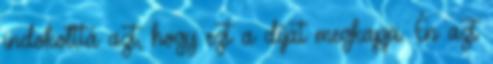
indokolttá azt, hogy ezt a díjat megkapja. Én azt